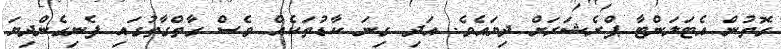
ގޮތުން އެޓަލަންޓާ ޕްރެޝަރަށް ދިޔައެވެ. އަދި ގިނަ ކާޑުތަކެއް ވެސް ގާތްގާތުގައި ފެނިގެންދިޔަ